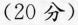
(20分)